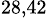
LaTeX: ^{28,42}